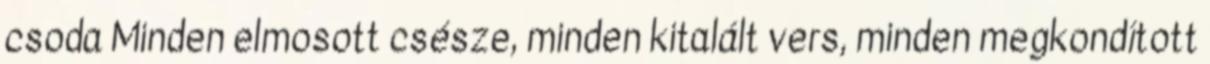
csoda Minden elmosott csésze, minden kitalált vers, minden megkondított